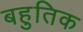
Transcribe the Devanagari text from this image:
बहुतिक